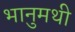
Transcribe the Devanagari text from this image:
भानुमथी